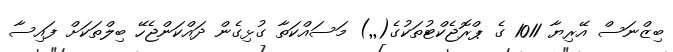
ބިޒްނަސް އޭރިޔާ 1011 ގެ ޕްރޮޖެކްޓުތަކުގެ(